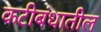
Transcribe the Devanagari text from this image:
कटीबंधातील